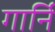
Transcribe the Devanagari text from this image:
गार्नि